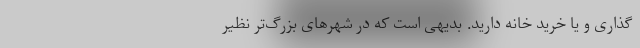
‌گذاری و یا خرید خانه دارید. بدیهی است که در شهرهای بزرگ‌تر نظیر